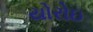
યોરોઇ